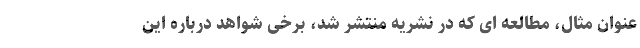
عنوان مثال، مطالعه ای که در نشریه منتشر شد، برخی شواهد درباره این